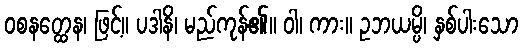
ဝစနတ္ထေန၊ ဖြင့်။ ပဒါနိ၊ မည်ကုန်၏။ ဝါ၊ ကား။ ဥဘယမ္ပိ၊ နှစ်ပါးသော